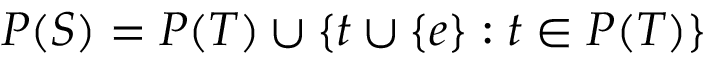
P ( S ) = P ( T ) \cup \{ t \cup \{ e \} : t \in P ( T ) \}